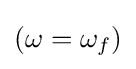
\left(\omega =\omega _{f}\right)